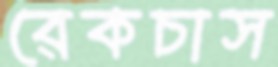
রেকচাস